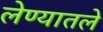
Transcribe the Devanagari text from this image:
लेण्यातले